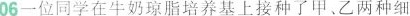
06一位同学在牛奶琼脂培养基上接种了甲、乙两种细